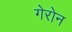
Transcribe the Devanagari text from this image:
गेरोन